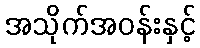
အသိုက်အဝန်းနှင့်